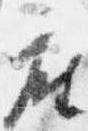
座